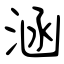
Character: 涵